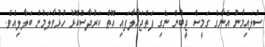
ސުލައިމާނު އޭނާގެ ގަމީސް ޖީބުން ނެގި ފަތްޖަހާލާފައި އޮތް ކަރުދާސްކޮޅު ހުޅުވާލަމުން ބަލާލިއެވެ.